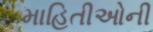
માહિતીઓની